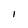
Character: I